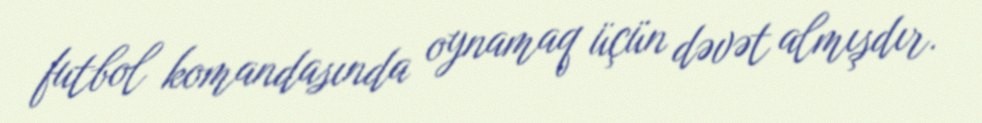
futbol komandasında oynamaq üçün dəvət almışdır.